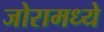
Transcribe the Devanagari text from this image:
जोरामध्ये